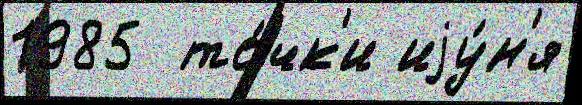
1985  то́чк'и иjу́н'я